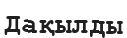
Дақылды